Laidoner,_Johan, lk 73
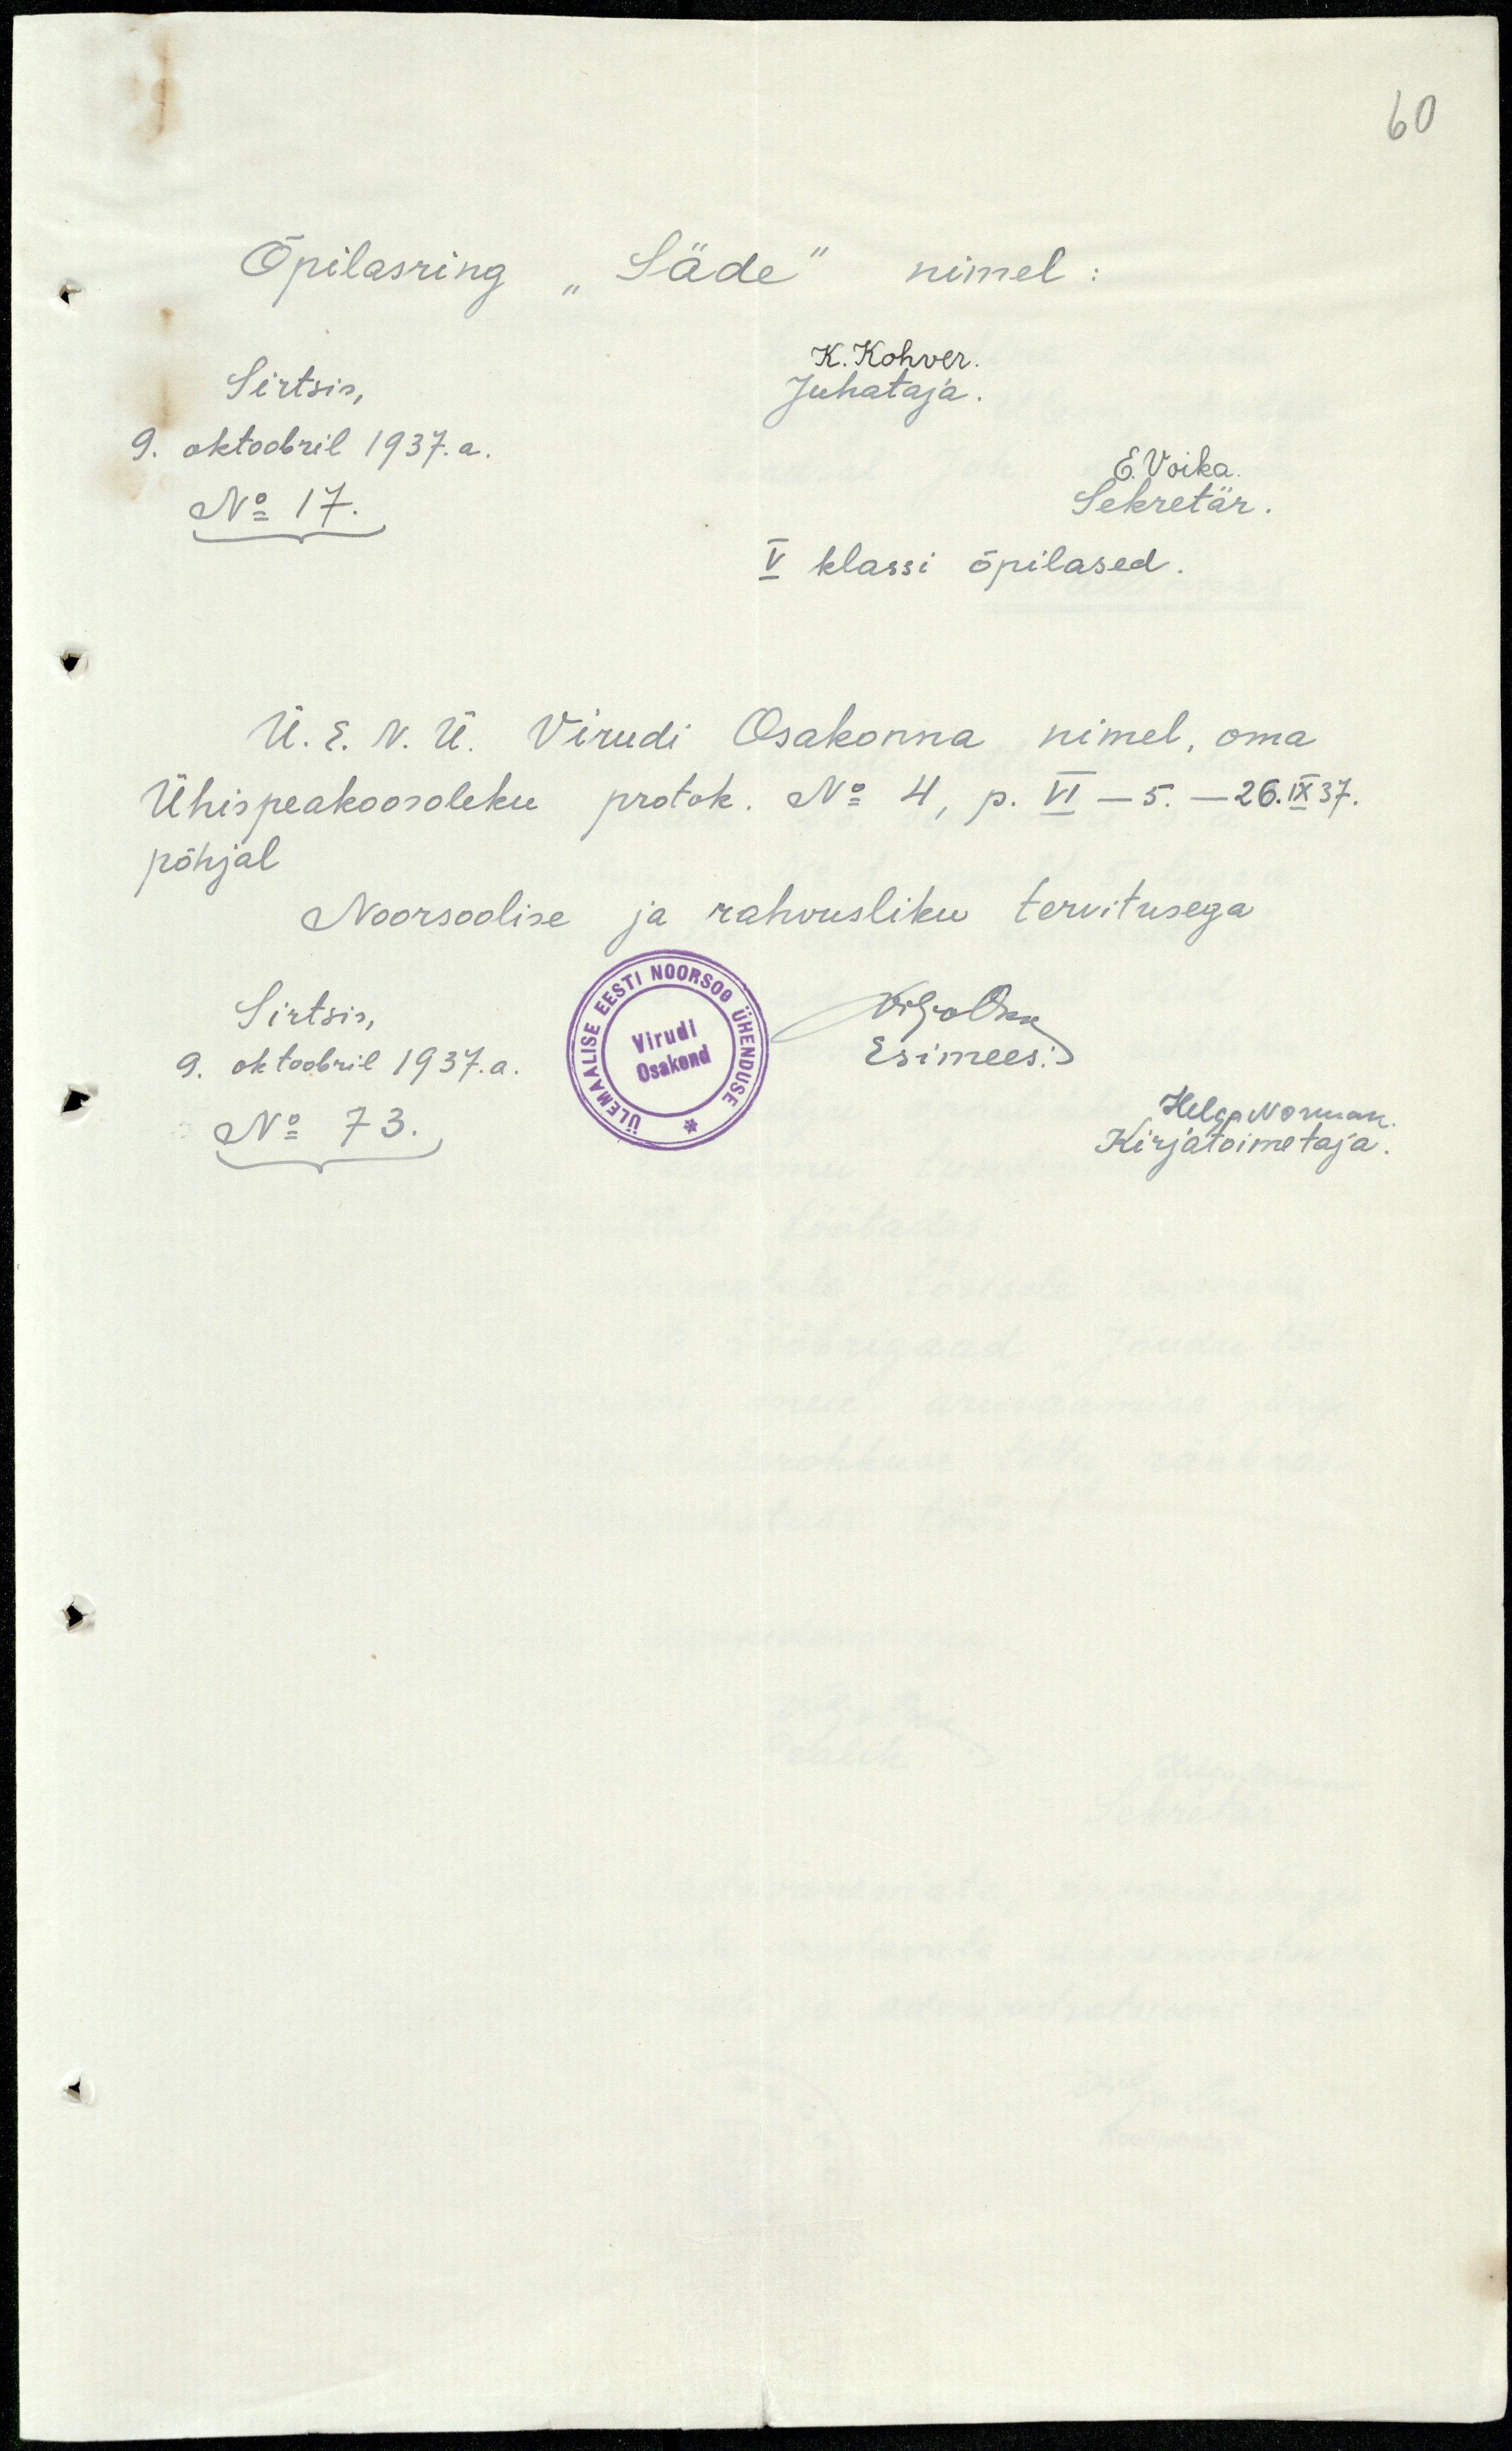
60
Õpilasring "Säde" nimel:
Sirtsis,
K. Kohver.
Juhataja.
9. oktoobril 1937. a.
E. Voika.
No 17.
Sekretär.
V klassi õpilased.
Ü. E. N. Ü. Virudi Osakonna nimel, oma
Ühispeakoosoleku protok. No 4, p. VI - 5. - 26. IX 37.
põhjal
Noorsoolise ja rahvusliku tervitusega
Sirtsis,
ViljoOkk
9. oktoobril 1937.a.
Esimees:
No 73.
Helga Norman
Kirjatoimetaja.